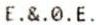
E.&.0.E.